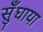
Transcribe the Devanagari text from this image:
सुँघाया